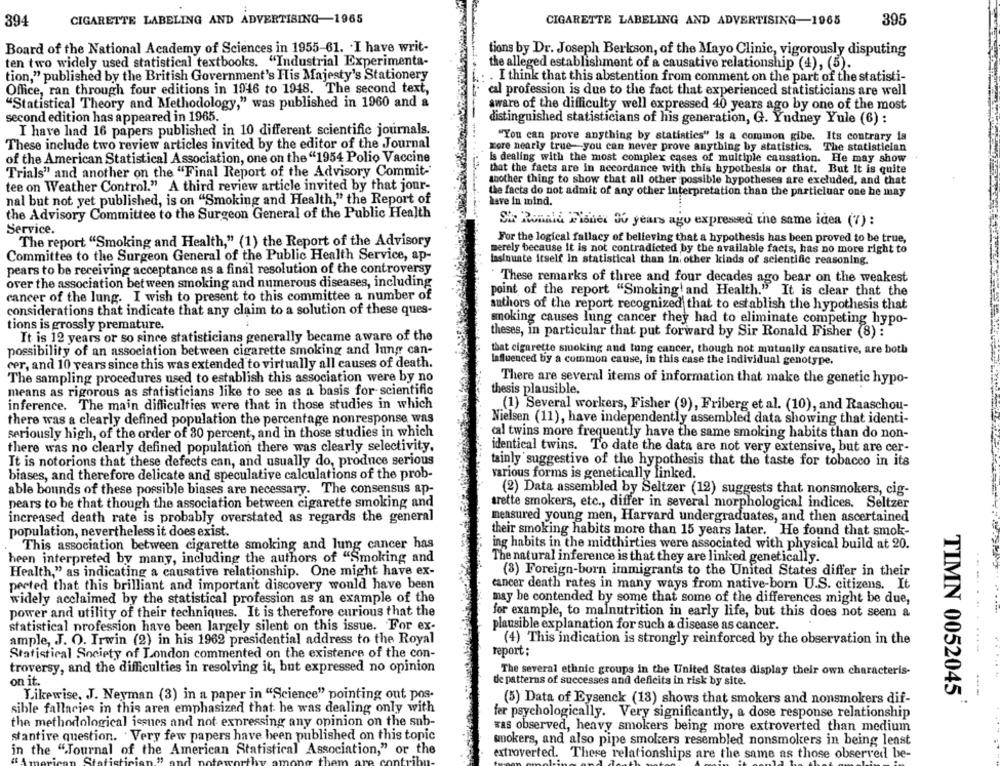
394
CIGARETTE LABELING AND ADVERTISING-1965
CIGARETTE LABELING AND ADVERTISING-1965
395
Board of the National Academy of Sciences in 1955-61. . I have writ-
tions by Dr. Joseph Berkson, of the Mayo Clinic, vigorously disputing
ten two widely used statistical textbooks. "Industrial Experimenta-
the alleged establishment of a causative relationship (4), (5).
tion," published by the British Government's His Majesty's Stationery
. I think that this abstention from comment on the part of the statisti-
Office, ran through four editions in 1946 to 1948. The second text,
cal profession is due to the fact that experienced statisticians are well
"Statistical Theory and Methodology," was published in 1960 and a
aware of the difficulty well expressed 40 years ago by one of the most
second edition has appeared in 1965.
distinguished statisticians of his generation, G. Yudney Yule (6) :
I have had 16 papers published in 10 different scientific journals.
"You can prove anything by statistics" Is a common gibe. Its contrary is
These include two review articles invited by the editor of the Journal
Kore nearly true-you can never prove anything by statistics. The statistician
of the American Statistical Association, one on the "1954 Polio Vaccine
Is dealing with the most complex cases of multiple causation. He may show
that the facts are In accordance with this hypothesis or that. But It is quite
Trials" and another on the "Final Report of the Advisory Commit-
another thing to show that all other possible hypotheses are excluded, and that
tee on Weather Control." A third review article invited by that jour-
the facts do not admit of any other interpretation than the particluar one he may
nal but not yet published, is on "Smoking and Health," the Report of
have in mind.
the Advisory Committee to the Surgeon General of the Public Health
She Ronald Fisher 30 years ago expressed the same idea (7) :
Service.
The report "Smoking and Health," (1) the Report of the Advisory
For the logical fallacy of believing that a hypothesis has been proved to be true,
merely because it is not contradicted by the available facts, has no more right to
Committee to the Surgeon General of the Public Health Service, ap-
lasinuate itself in statistical than In other kinds of scientific reasoning.
pears to be receiving acceptance as a final resolution of the controversy
over the association between smoking and numerous diseases, including
These remarks of three and four decades ago bear on the weakest
point of the report "Smoking! and Health." It is clear that the
cancer of the lung. I wish to present to this committee a number of
authors of the report recognized that to establish the hypothesis that
considerations that indicate that any claim to a solution of these ques-
moking causes lung cancer they had to eliminate competing hypo-
tions is grossly premature.
It is 12 years or so since statisticians generally became aware of the
theses, in particular that put forward by Sir Ronald Fisher (8) :
possibility of an association between cigarette smoking and lung can-
that cigarette smoking and lung cancer, though not mutually causative, are both
Influenced by a common cause, in this case the individual genotype.
cer, and 10 years since this was extended to virtually all causes of death.
The sampling procedures used to establish this association were by no
There are several items of information that make the genetic hypo-
thesis plausible.
means as rigorous as statisticians like to see as a basis for scientific
inference. The main difficulties were that in those studies in which
(1) Several workers, Fisher (9), Friberg et al. (10), and Raaschou-
there was a clearly defined population the percentage nonresponse was
Nielsen (11), have independently assembled data showing that identi-
seriously high, of the order of 30 percent, and in those studies in which
cal twins more frequently have the same smoking habits than do non-
there was no clearly defined population there was clearly selectivity,
identical twins. To date the data are not very extensive, but are cer-
It is notorions that these defects can, and usually do, produce serious
tainly suggestive of the hypothesis that the taste for tobacco in its
biases, and therefore delicate and speculative calculations of the prob-
various forms is genetically linked.
able bounds of these possible biases are necessary. The consensus ap-
(2) Data assembled by Seltzer (12) suggests that nonsmokers, cig-
pears to be that though the association between cigarette smoking and
arette smokers, etc ., differ in several morphological indices. Seltzer
increased death rate is probably overstated as regards the general
measured young men, Harvard undergraduates, and then ascertained
population, nevertheless it does exist.
their smoking habits more than 15 years later. He found that smok-
This association between cigarette smoking and lung cancer has
ing habits in the midthirties were associated with physical build at 20.
heen interpreted by many, including the authors of "Smoking and
The natural inference is that they are linked genetically.
Health," as indicating a causative relationship. One might have ex-
(3) Foreign-born immigrants to the United States differ in their
perted that this brilliant and important discovery would have been
cancer death rates in many ways from native-born U.S. citizens. It
-- -. .
widely acclaimed by the statistical profession as an example of the
may be contended by some that some of the differences might be due,
power and utility of their techniques. It is therefore curious that the
for example, to malnutrition in early life, but this does not seem a
statistical profession have been largely silent on this issue. For ex-
plausible explanation for such a disease as cancer.
ample, J. O. Irwin (2) in his 1962 presidential address to the Royal
(4) This indication is strongly reinforced by the observation in the
report :
......
Statistical Society of London commented on the existence of the con-
troversy, and the difficulties in resolving it, but expressed no opinion
The several ethnic groups in the United States display their own characteris-
on it.
de patterns of successes and deficits in risk by site.
Likewise, J. Neyman (3) in a paper in "Science" pointing out pos-
TIMN 0052045'
---
(5) Data of Eysenck (13) shows that smokers and nonsmokers dif-
sible fallacies in this area emphasized that he was dealing only with
fer psychologically. Very significantly, a dose response relationship
the methodological issues and not expressing any opinion on the sub-
was observed, heavy smokers being more extroverted than medium
stantive question. . Very few papers have been published on this topic
smokers, and also pipe smokers resembled nonsmokers in being least
in the ".Journal of the American Statistical Association," or the
extroverted. These relationships are the same as those observed be-